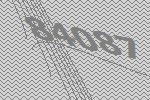
84087